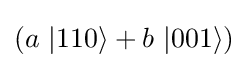
(a\ |110\rangle +b\ |001\rangle )